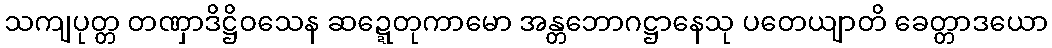
သကျပုတ္တ တဏှာဒိဋ္ဌိဝသေန ဆဍ္ဍေတုကာမော အန္တဘောဂဋ္ဌာနေသု ပတေယျာတိ ခေတ္တာဒယော